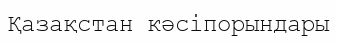
Қазақстан кәсіпорындары